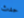
حدث